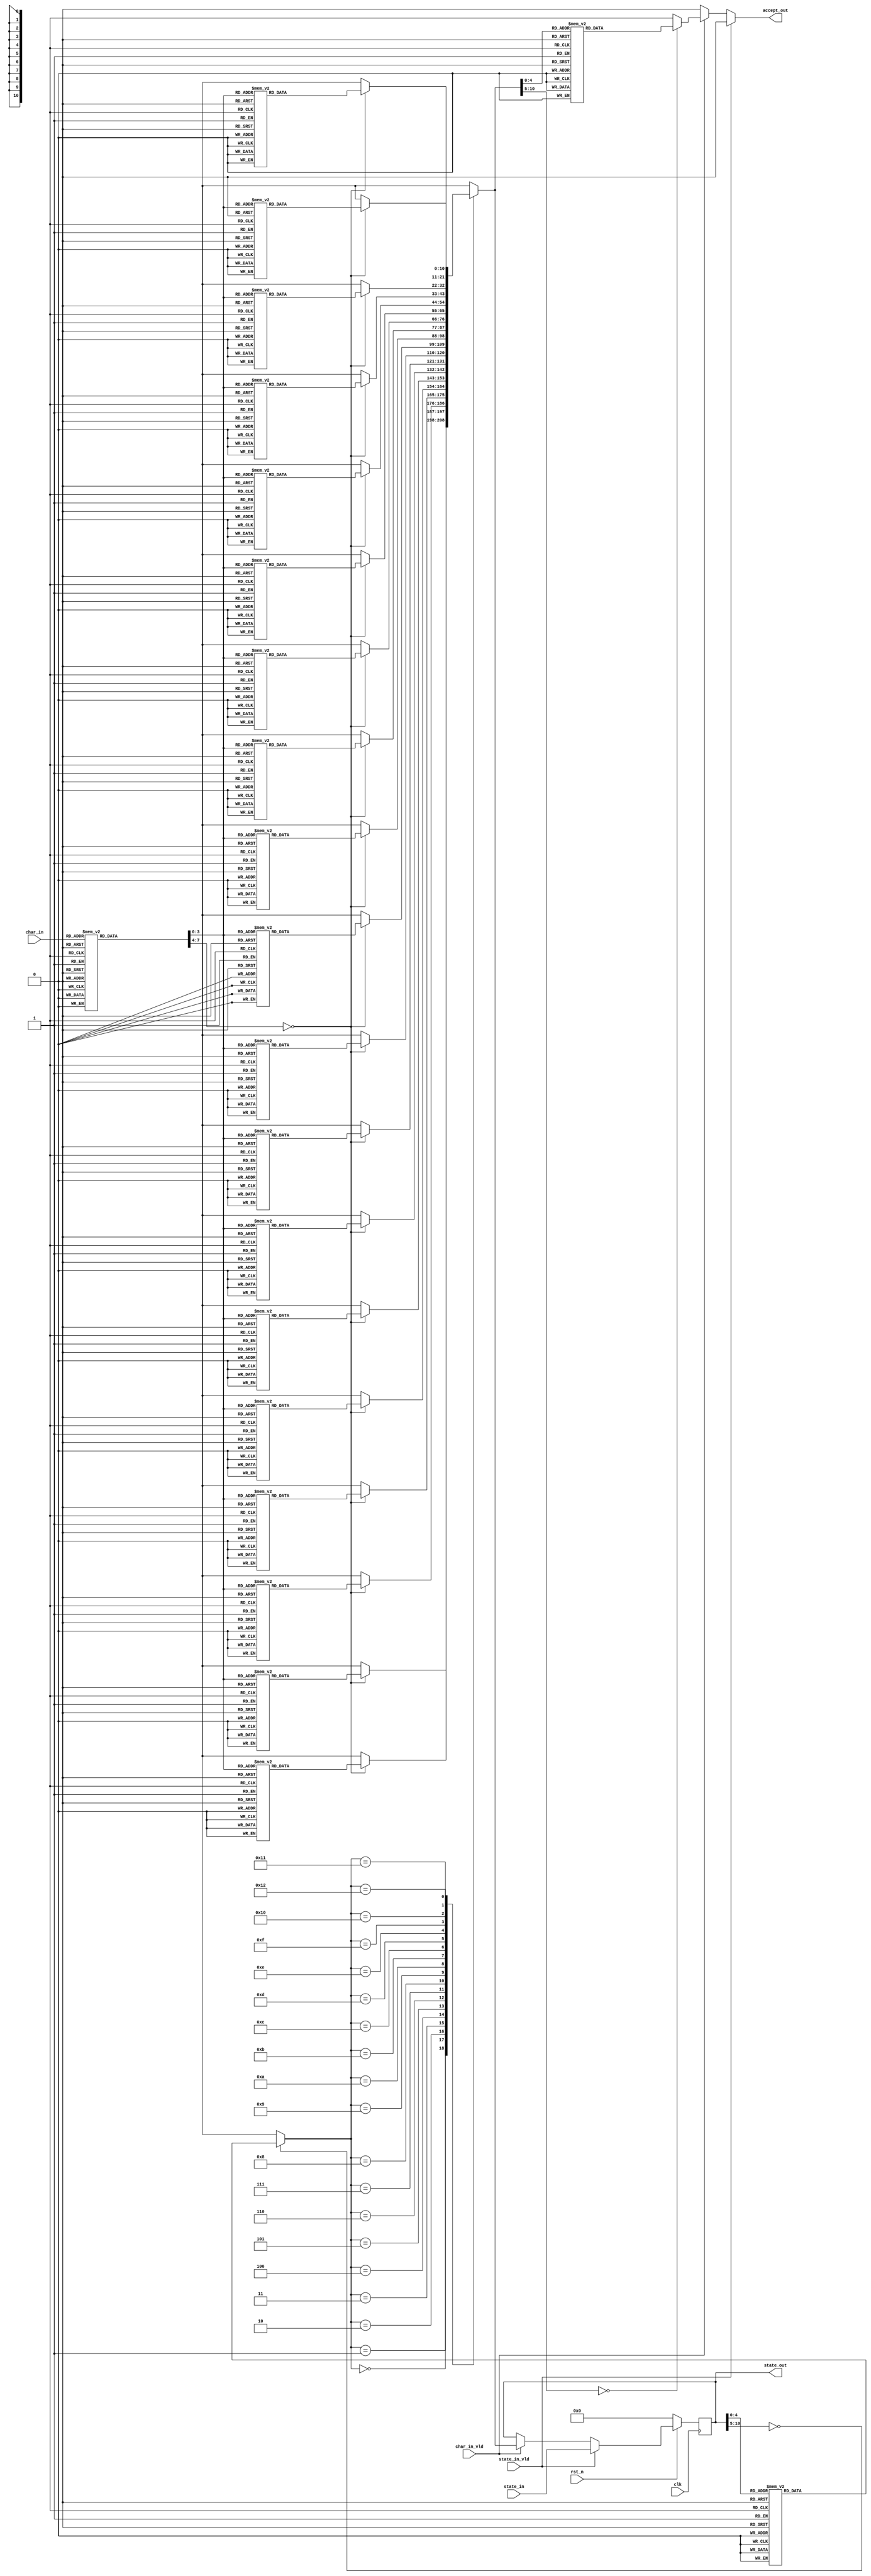
`timescale 1ns/1ps

`define ENABLED_REGEX_http_3 TRUE

module http_3_verilog(clk,
                    rst_n,
                    char_in,
                    char_in_vld,
                    state_in,
                    state_in_vld,
                    state_out,
                    accept_out);
   // The clock and reset info.
    input clk, rst_n;
    // Input character, and state, if being set.
    input [7:0] char_in;
    input [10:0] state_in;
    // char_in_vld should be true if there's a character to process.
    // state_in_vld should be true if the outside world is overwriting our state.
    input char_in_vld, state_in_vld;
    // state_out is our current state.
    output [10:0] state_out;
    // Accept out is true if the character triggered a regex match.
    output accept_out;
    // A register for the current state.
    reg [10:0] cur_state;


`ifdef ENABLED_REGEX_http_3

function [7:0] charMap;
  input [7:0] inchar;
  begin
  case( inchar )
    0: charMap = 8'd8;
    1: charMap = 8'd8;
    2: charMap = 8'd8;
    3: charMap = 8'd8;
    4: charMap = 8'd8;
    5: charMap = 8'd8;
    6: charMap = 8'd8;
    7: charMap = 8'd8;
    8: charMap = 8'd8;
    9: charMap = 8'd8;
    10: charMap = 8'd0;
    11: charMap = 8'd8;
    12: charMap = 8'd8;
    13: charMap = 8'd0;
    14: charMap = 8'd8;
    15: charMap = 8'd8;
    16: charMap = 8'd8;
    17: charMap = 8'd8;
    18: charMap = 8'd8;
    19: charMap = 8'd8;
    20: charMap = 8'd8;
    21: charMap = 8'd8;
    22: charMap = 8'd8;
    23: charMap = 8'd8;
    24: charMap = 8'd8;
    25: charMap = 8'd8;
    26: charMap = 8'd8;
    27: charMap = 8'd8;
    28: charMap = 8'd8;
    29: charMap = 8'd8;
    30: charMap = 8'd8;
    31: charMap = 8'd8;
    32: charMap = 8'd8;
    33: charMap = 8'd8;
    34: charMap = 8'd8;
    35: charMap = 8'd8;
    36: charMap = 8'd8;
    37: charMap = 8'd8;
    38: charMap = 8'd8;
    39: charMap = 8'd8;
    40: charMap = 8'd8;
    41: charMap = 8'd8;
    42: charMap = 8'd8;
    43: charMap = 8'd8;
    44: charMap = 8'd8;
    45: charMap = 8'd9;
    46: charMap = 8'd12;
    47: charMap = 8'd8;
    48: charMap = 8'd8;
    49: charMap = 8'd8;
    50: charMap = 8'd8;
    51: charMap = 8'd8;
    52: charMap = 8'd8;
    53: charMap = 8'd8;
    54: charMap = 8'd8;
    55: charMap = 8'd8;
    56: charMap = 8'd8;
    57: charMap = 8'd8;
    58: charMap = 8'd8;
    59: charMap = 8'd8;
    60: charMap = 8'd8;
    61: charMap = 8'd8;
    62: charMap = 8'd8;
    63: charMap = 8'd8;
    64: charMap = 8'd8;
    65: charMap = 8'd2;
    66: charMap = 8'd8;
    67: charMap = 8'd1;
    68: charMap = 8'd6;
    69: charMap = 8'd4;
    70: charMap = 8'd8;
    71: charMap = 8'd8;
    72: charMap = 8'd8;
    73: charMap = 8'd11;
    74: charMap = 8'd8;
    75: charMap = 8'd8;
    76: charMap = 8'd3;
    77: charMap = 8'd10;
    78: charMap = 8'd5;
    79: charMap = 8'd8;
    80: charMap = 8'd13;
    81: charMap = 8'd8;
    82: charMap = 8'd7;
    83: charMap = 8'd8;
    84: charMap = 8'd8;
    85: charMap = 8'd8;
    86: charMap = 8'd8;
    87: charMap = 8'd8;
    88: charMap = 8'd8;
    89: charMap = 8'd8;
    90: charMap = 8'd8;
    91: charMap = 8'd8;
    92: charMap = 8'd8;
    93: charMap = 8'd8;
    94: charMap = 8'd8;
    95: charMap = 8'd9;
    96: charMap = 8'd8;
    97: charMap = 8'd2;
    98: charMap = 8'd8;
    99: charMap = 8'd1;
    100: charMap = 8'd6;
    101: charMap = 8'd4;
    102: charMap = 8'd8;
    103: charMap = 8'd8;
    104: charMap = 8'd8;
    105: charMap = 8'd11;
    106: charMap = 8'd8;
    107: charMap = 8'd8;
    108: charMap = 8'd3;
    109: charMap = 8'd10;
    110: charMap = 8'd5;
    111: charMap = 8'd8;
    112: charMap = 8'd13;
    113: charMap = 8'd8;
    114: charMap = 8'd7;
    115: charMap = 8'd8;
    116: charMap = 8'd8;
    117: charMap = 8'd8;
    118: charMap = 8'd8;
    119: charMap = 8'd8;
    120: charMap = 8'd8;
    121: charMap = 8'd8;
    122: charMap = 8'd8;
    123: charMap = 8'd8;
    124: charMap = 8'd8;
    125: charMap = 8'd8;
    126: charMap = 8'd8;
    127: charMap = 8'd8;
    128: charMap = 8'd8;
    129: charMap = 8'd8;
    130: charMap = 8'd8;
    131: charMap = 8'd8;
    132: charMap = 8'd8;
    133: charMap = 8'd8;
    134: charMap = 8'd8;
    135: charMap = 8'd8;
    136: charMap = 8'd8;
    137: charMap = 8'd8;
    138: charMap = 8'd8;
    139: charMap = 8'd8;
    140: charMap = 8'd8;
    141: charMap = 8'd8;
    142: charMap = 8'd8;
    143: charMap = 8'd8;
    144: charMap = 8'd8;
    145: charMap = 8'd8;
    146: charMap = 8'd8;
    147: charMap = 8'd8;
    148: charMap = 8'd8;
    149: charMap = 8'd8;
    150: charMap = 8'd8;
    151: charMap = 8'd8;
    152: charMap = 8'd8;
    153: charMap = 8'd8;
    154: charMap = 8'd8;
    155: charMap = 8'd8;
    156: charMap = 8'd8;
    157: charMap = 8'd8;
    158: charMap = 8'd8;
    159: charMap = 8'd8;
    160: charMap = 8'd8;
    161: charMap = 8'd8;
    162: charMap = 8'd8;
    163: charMap = 8'd8;
    164: charMap = 8'd8;
    165: charMap = 8'd8;
    166: charMap = 8'd8;
    167: charMap = 8'd8;
    168: charMap = 8'd8;
    169: charMap = 8'd8;
    170: charMap = 8'd8;
    171: charMap = 8'd8;
    172: charMap = 8'd8;
    173: charMap = 8'd8;
    174: charMap = 8'd8;
    175: charMap = 8'd8;
    176: charMap = 8'd8;
    177: charMap = 8'd8;
    178: charMap = 8'd8;
    179: charMap = 8'd8;
    180: charMap = 8'd8;
    181: charMap = 8'd8;
    182: charMap = 8'd8;
    183: charMap = 8'd8;
    184: charMap = 8'd8;
    185: charMap = 8'd8;
    186: charMap = 8'd8;
    187: charMap = 8'd8;
    188: charMap = 8'd8;
    189: charMap = 8'd8;
    190: charMap = 8'd8;
    191: charMap = 8'd8;
    192: charMap = 8'd8;
    193: charMap = 8'd8;
    194: charMap = 8'd8;
    195: charMap = 8'd8;
    196: charMap = 8'd8;
    197: charMap = 8'd8;
    198: charMap = 8'd8;
    199: charMap = 8'd8;
    200: charMap = 8'd8;
    201: charMap = 8'd8;
    202: charMap = 8'd8;
    203: charMap = 8'd8;
    204: charMap = 8'd8;
    205: charMap = 8'd8;
    206: charMap = 8'd8;
    207: charMap = 8'd8;
    208: charMap = 8'd8;
    209: charMap = 8'd8;
    210: charMap = 8'd8;
    211: charMap = 8'd8;
    212: charMap = 8'd8;
    213: charMap = 8'd8;
    214: charMap = 8'd8;
    215: charMap = 8'd8;
    216: charMap = 8'd8;
    217: charMap = 8'd8;
    218: charMap = 8'd8;
    219: charMap = 8'd8;
    220: charMap = 8'd8;
    221: charMap = 8'd8;
    222: charMap = 8'd8;
    223: charMap = 8'd8;
    224: charMap = 8'd8;
    225: charMap = 8'd8;
    226: charMap = 8'd8;
    227: charMap = 8'd8;
    228: charMap = 8'd8;
    229: charMap = 8'd8;
    230: charMap = 8'd8;
    231: charMap = 8'd8;
    232: charMap = 8'd8;
    233: charMap = 8'd8;
    234: charMap = 8'd8;
    235: charMap = 8'd8;
    236: charMap = 8'd8;
    237: charMap = 8'd8;
    238: charMap = 8'd8;
    239: charMap = 8'd8;
    240: charMap = 8'd8;
    241: charMap = 8'd8;
    242: charMap = 8'd8;
    243: charMap = 8'd8;
    244: charMap = 8'd8;
    245: charMap = 8'd8;
    246: charMap = 8'd8;
    247: charMap = 8'd8;
    248: charMap = 8'd8;
    249: charMap = 8'd8;
    250: charMap = 8'd8;
    251: charMap = 8'd8;
    252: charMap = 8'd8;
    253: charMap = 8'd8;
    254: charMap = 8'd8;
    255: charMap = 8'd8;
    default: charMap = 8'bX;
  endcase
end
endfunction

function [10:0] stateMap;
  input [10:0] instate;
begin
  case( instate )
    0: stateMap = 11'd0;
    1: stateMap = 11'd1;
    2: stateMap = 11'd1;
    3: stateMap = 11'd2;
    4: stateMap = 11'd3;
    5: stateMap = 11'd4;
    6: stateMap = 11'd5;
    7: stateMap = 11'd6;
    8: stateMap = 11'd7;
    9: stateMap = 11'd8;
    10: stateMap = 11'd9;
    11: stateMap = 11'd10;
    12: stateMap = 11'd11;
    13: stateMap = 11'd12;
    14: stateMap = 11'd13;
    15: stateMap = 11'd14;
    16: stateMap = 11'd15;
    17: stateMap = 11'd16;
    18: stateMap = 11'd17;
    19: stateMap = 11'd18;
    default: stateMap = 11'bX;
  endcase
end
endfunction

function acceptStates;
  input [10:0] instate;
begin
  case( instate )
    0: acceptStates = 1'b0;
    1: acceptStates = 1'b1;
    2: acceptStates = 1'b1;
    3: acceptStates = 1'b0;
    4: acceptStates = 1'b0;
    5: acceptStates = 1'b0;
    6: acceptStates = 1'b0;
    7: acceptStates = 1'b0;
    8: acceptStates = 1'b0;
    9: acceptStates = 1'b0;
    10: acceptStates = 1'b0;
    11: acceptStates = 1'b0;
    12: acceptStates = 1'b0;
    13: acceptStates = 1'b0;
    14: acceptStates = 1'b0;
    15: acceptStates = 1'b0;
    16: acceptStates = 1'b0;
    17: acceptStates = 1'b0;
    18: acceptStates = 1'b0;
    19: acceptStates = 1'b0;
    default: acceptStates = 1'bX;
  endcase
end
endfunction

function [10:0] stateTransition;
  input [10:0] mapped_state;
  input [7:0]  mapped_char;
begin
  case( mapped_state )
    0: case ( mapped_char ) 
      0: stateTransition = 11'd0;
      1: stateTransition = 11'd3;
      2: stateTransition = 11'd0;
      3: stateTransition = 11'd0;
      4: stateTransition = 11'd0;
      5: stateTransition = 11'd0;
      6: stateTransition = 11'd0;
      7: stateTransition = 11'd0;
      8: stateTransition = 11'd0;
      9: stateTransition = 11'd0;
      10: stateTransition = 11'd0;
      11: stateTransition = 11'd0;
      12: stateTransition = 11'd0;
      13: stateTransition = 11'd0;
      14: stateTransition = 11'd1;
      default: stateTransition = 11'bX;
    endcase
    1: case ( mapped_char ) 
      0: stateTransition = 11'd0;
      1: stateTransition = 11'd0;
      2: stateTransition = 11'd0;
      3: stateTransition = 11'd0;
      4: stateTransition = 11'd0;
      5: stateTransition = 11'd0;
      6: stateTransition = 11'd0;
      7: stateTransition = 11'd0;
      8: stateTransition = 11'd0;
      9: stateTransition = 11'd0;
      10: stateTransition = 11'd0;
      11: stateTransition = 11'd0;
      12: stateTransition = 11'd0;
      13: stateTransition = 11'd0;
      14: stateTransition = 11'd0;
      default: stateTransition = 11'bX;
    endcase
    2: case ( mapped_char ) 
      0: stateTransition = 11'd0;
      1: stateTransition = 11'd0;
      2: stateTransition = 11'd4;
      3: stateTransition = 11'd0;
      4: stateTransition = 11'd0;
      5: stateTransition = 11'd0;
      6: stateTransition = 11'd0;
      7: stateTransition = 11'd0;
      8: stateTransition = 11'd0;
      9: stateTransition = 11'd0;
      10: stateTransition = 11'd0;
      11: stateTransition = 11'd0;
      12: stateTransition = 11'd0;
      13: stateTransition = 11'd0;
      14: stateTransition = 11'd0;
      default: stateTransition = 11'bX;
    endcase
    3: case ( mapped_char ) 
      0: stateTransition = 11'd0;
      1: stateTransition = 11'd0;
      2: stateTransition = 11'd0;
      3: stateTransition = 11'd5;
      4: stateTransition = 11'd0;
      5: stateTransition = 11'd0;
      6: stateTransition = 11'd0;
      7: stateTransition = 11'd0;
      8: stateTransition = 11'd0;
      9: stateTransition = 11'd0;
      10: stateTransition = 11'd0;
      11: stateTransition = 11'd0;
      12: stateTransition = 11'd0;
      13: stateTransition = 11'd0;
      14: stateTransition = 11'd0;
      default: stateTransition = 11'bX;
    endcase
    4: case ( mapped_char ) 
      0: stateTransition = 11'd0;
      1: stateTransition = 11'd0;
      2: stateTransition = 11'd0;
      3: stateTransition = 11'd0;
      4: stateTransition = 11'd6;
      5: stateTransition = 11'd0;
      6: stateTransition = 11'd0;
      7: stateTransition = 11'd0;
      8: stateTransition = 11'd0;
      9: stateTransition = 11'd0;
      10: stateTransition = 11'd0;
      11: stateTransition = 11'd0;
      12: stateTransition = 11'd0;
      13: stateTransition = 11'd0;
      14: stateTransition = 11'd0;
      default: stateTransition = 11'bX;
    endcase
    5: case ( mapped_char ) 
      0: stateTransition = 11'd0;
      1: stateTransition = 11'd0;
      2: stateTransition = 11'd0;
      3: stateTransition = 11'd0;
      4: stateTransition = 11'd0;
      5: stateTransition = 11'd7;
      6: stateTransition = 11'd0;
      7: stateTransition = 11'd0;
      8: stateTransition = 11'd0;
      9: stateTransition = 11'd0;
      10: stateTransition = 11'd0;
      11: stateTransition = 11'd0;
      12: stateTransition = 11'd0;
      13: stateTransition = 11'd0;
      14: stateTransition = 11'd0;
      default: stateTransition = 11'bX;
    endcase
    6: case ( mapped_char ) 
      0: stateTransition = 11'd0;
      1: stateTransition = 11'd0;
      2: stateTransition = 11'd0;
      3: stateTransition = 11'd0;
      4: stateTransition = 11'd0;
      5: stateTransition = 11'd0;
      6: stateTransition = 11'd8;
      7: stateTransition = 11'd0;
      8: stateTransition = 11'd0;
      9: stateTransition = 11'd0;
      10: stateTransition = 11'd0;
      11: stateTransition = 11'd0;
      12: stateTransition = 11'd0;
      13: stateTransition = 11'd0;
      14: stateTransition = 11'd0;
      default: stateTransition = 11'bX;
    endcase
    7: case ( mapped_char ) 
      0: stateTransition = 11'd0;
      1: stateTransition = 11'd0;
      2: stateTransition = 11'd9;
      3: stateTransition = 11'd0;
      4: stateTransition = 11'd0;
      5: stateTransition = 11'd0;
      6: stateTransition = 11'd0;
      7: stateTransition = 11'd0;
      8: stateTransition = 11'd0;
      9: stateTransition = 11'd0;
      10: stateTransition = 11'd0;
      11: stateTransition = 11'd0;
      12: stateTransition = 11'd0;
      13: stateTransition = 11'd0;
      14: stateTransition = 11'd0;
      default: stateTransition = 11'bX;
    endcase
    8: case ( mapped_char ) 
      0: stateTransition = 11'd0;
      1: stateTransition = 11'd0;
      2: stateTransition = 11'd0;
      3: stateTransition = 11'd0;
      4: stateTransition = 11'd0;
      5: stateTransition = 11'd0;
      6: stateTransition = 11'd0;
      7: stateTransition = 11'd10;
      8: stateTransition = 11'd0;
      9: stateTransition = 11'd0;
      10: stateTransition = 11'd0;
      11: stateTransition = 11'd0;
      12: stateTransition = 11'd0;
      13: stateTransition = 11'd0;
      14: stateTransition = 11'd0;
      default: stateTransition = 11'bX;
    endcase
    9: case ( mapped_char ) 
      0: stateTransition = 11'd0;
      1: stateTransition = 11'd11;
      2: stateTransition = 11'd11;
      3: stateTransition = 11'd11;
      4: stateTransition = 11'd11;
      5: stateTransition = 11'd11;
      6: stateTransition = 11'd11;
      7: stateTransition = 11'd11;
      8: stateTransition = 11'd11;
      9: stateTransition = 11'd12;
      10: stateTransition = 11'd11;
      11: stateTransition = 11'd11;
      12: stateTransition = 11'd13;
      13: stateTransition = 11'd11;
      14: stateTransition = 11'd0;
      default: stateTransition = 11'bX;
    endcase
    10: case ( mapped_char ) 
      0: stateTransition = 11'd0;
      1: stateTransition = 11'd0;
      2: stateTransition = 11'd0;
      3: stateTransition = 11'd0;
      4: stateTransition = 11'd0;
      5: stateTransition = 11'd0;
      6: stateTransition = 11'd0;
      7: stateTransition = 11'd0;
      8: stateTransition = 11'd0;
      9: stateTransition = 11'd0;
      10: stateTransition = 11'd0;
      11: stateTransition = 11'd0;
      12: stateTransition = 11'd14;
      13: stateTransition = 11'd0;
      14: stateTransition = 11'd0;
      default: stateTransition = 11'bX;
    endcase
    11: case ( mapped_char ) 
      0: stateTransition = 11'd0;
      1: stateTransition = 11'd0;
      2: stateTransition = 11'd15;
      3: stateTransition = 11'd0;
      4: stateTransition = 11'd0;
      5: stateTransition = 11'd0;
      6: stateTransition = 11'd0;
      7: stateTransition = 11'd0;
      8: stateTransition = 11'd0;
      9: stateTransition = 11'd0;
      10: stateTransition = 11'd0;
      11: stateTransition = 11'd0;
      12: stateTransition = 11'd14;
      13: stateTransition = 11'd0;
      14: stateTransition = 11'd0;
      default: stateTransition = 11'bX;
    endcase
    12: case ( mapped_char ) 
      0: stateTransition = 11'd0;
      1: stateTransition = 11'd0;
      2: stateTransition = 11'd0;
      3: stateTransition = 11'd0;
      4: stateTransition = 11'd0;
      5: stateTransition = 11'd0;
      6: stateTransition = 11'd0;
      7: stateTransition = 11'd0;
      8: stateTransition = 11'd0;
      9: stateTransition = 11'd0;
      10: stateTransition = 11'd0;
      11: stateTransition = 11'd0;
      12: stateTransition = 11'd14;
      13: stateTransition = 11'd16;
      14: stateTransition = 11'd0;
      default: stateTransition = 11'bX;
    endcase
    13: case ( mapped_char ) 
      0: stateTransition = 11'd0;
      1: stateTransition = 11'd0;
      2: stateTransition = 11'd0;
      3: stateTransition = 11'd0;
      4: stateTransition = 11'd0;
      5: stateTransition = 11'd0;
      6: stateTransition = 11'd0;
      7: stateTransition = 11'd0;
      8: stateTransition = 11'd0;
      9: stateTransition = 11'd0;
      10: stateTransition = 11'd0;
      11: stateTransition = 11'd0;
      12: stateTransition = 11'd0;
      13: stateTransition = 11'd16;
      14: stateTransition = 11'd0;
      default: stateTransition = 11'bX;
    endcase
    14: case ( mapped_char ) 
      0: stateTransition = 11'd0;
      1: stateTransition = 11'd0;
      2: stateTransition = 11'd0;
      3: stateTransition = 11'd0;
      4: stateTransition = 11'd0;
      5: stateTransition = 11'd0;
      6: stateTransition = 11'd17;
      7: stateTransition = 11'd0;
      8: stateTransition = 11'd0;
      9: stateTransition = 11'd0;
      10: stateTransition = 11'd0;
      11: stateTransition = 11'd0;
      12: stateTransition = 11'd0;
      13: stateTransition = 11'd0;
      14: stateTransition = 11'd0;
      default: stateTransition = 11'bX;
    endcase
    15: case ( mapped_char ) 
      0: stateTransition = 11'd0;
      1: stateTransition = 11'd0;
      2: stateTransition = 11'd0;
      3: stateTransition = 11'd2;
      4: stateTransition = 11'd0;
      5: stateTransition = 11'd0;
      6: stateTransition = 11'd0;
      7: stateTransition = 11'd0;
      8: stateTransition = 11'd0;
      9: stateTransition = 11'd0;
      10: stateTransition = 11'd0;
      11: stateTransition = 11'd0;
      12: stateTransition = 11'd0;
      13: stateTransition = 11'd0;
      14: stateTransition = 11'd0;
      default: stateTransition = 11'bX;
    endcase
    16: case ( mapped_char ) 
      0: stateTransition = 11'd0;
      1: stateTransition = 11'd0;
      2: stateTransition = 11'd0;
      3: stateTransition = 11'd0;
      4: stateTransition = 11'd0;
      5: stateTransition = 11'd0;
      6: stateTransition = 11'd0;
      7: stateTransition = 11'd0;
      8: stateTransition = 11'd0;
      9: stateTransition = 11'd0;
      10: stateTransition = 11'd18;
      11: stateTransition = 11'd0;
      12: stateTransition = 11'd0;
      13: stateTransition = 11'd0;
      14: stateTransition = 11'd0;
      default: stateTransition = 11'bX;
    endcase
    17: case ( mapped_char ) 
      0: stateTransition = 11'd0;
      1: stateTransition = 11'd0;
      2: stateTransition = 11'd0;
      3: stateTransition = 11'd0;
      4: stateTransition = 11'd0;
      5: stateTransition = 11'd0;
      6: stateTransition = 11'd0;
      7: stateTransition = 11'd0;
      8: stateTransition = 11'd0;
      9: stateTransition = 11'd0;
      10: stateTransition = 11'd0;
      11: stateTransition = 11'd19;
      12: stateTransition = 11'd0;
      13: stateTransition = 11'd0;
      14: stateTransition = 11'd0;
      default: stateTransition = 11'bX;
    endcase
    18: case ( mapped_char ) 
      0: stateTransition = 11'd0;
      1: stateTransition = 11'd0;
      2: stateTransition = 11'd0;
      3: stateTransition = 11'd0;
      4: stateTransition = 11'd0;
      5: stateTransition = 11'd11;
      6: stateTransition = 11'd0;
      7: stateTransition = 11'd0;
      8: stateTransition = 11'd0;
      9: stateTransition = 11'd0;
      10: stateTransition = 11'd0;
      11: stateTransition = 11'd0;
      12: stateTransition = 11'd0;
      13: stateTransition = 11'd0;
      14: stateTransition = 11'd0;
      default: stateTransition = 11'bX;
    endcase
    default: stateTransition = 11'bX;
  endcase
end
endfunction

`else

function [7:0] charMap;
input [7:0] inchar;
begin
    charMap = inchar;
end
endfunction

function [10:0] stateMap;
input [10:0] instate;
begin
    stateMap = instate;
end
endfunction

function acceptStates;
    input [10:0] instate;
begin
    acceptStates = 1'b0;
end
endfunction

function [10:0] stateTransition;
    input [10:0] instate;
    input [7:0]  inchar;
begin
    stateTransition = instate;
end
endfunction

`endif

    // Invoke the DFA functions.
    wire [7:0]  mapped_char;
    wire [10:0] mapped_state, next_state;
    wire next_accept;
    assign mapped_char = charMap(char_in);
    assign mapped_state = stateMap(cur_state);
    assign next_state = stateTransition(mapped_state, mapped_char);
    assign next_accept = acceptStates(next_state);
    // Update our outputs.
    assign accept_out = state_in_vld ? 1'b0 : char_in_vld ? next_accept : 1'b0;
    assign state_out = cur_state;
    // Update our local state.
    always @(posedge clk)
    begin
       if (!rst_n)
        begin
            cur_state <= 0;
        end
        else
        begin
            if (state_in_vld)
            begin
                cur_state <= state_in;
            end
            else if (char_in_vld)
            begin
                cur_state <= next_state;
            end
        end
    end
endmodule